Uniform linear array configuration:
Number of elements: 8
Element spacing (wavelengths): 0.25
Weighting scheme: hamming
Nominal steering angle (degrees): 15
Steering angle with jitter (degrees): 16.828
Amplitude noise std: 0.05
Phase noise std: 0.05

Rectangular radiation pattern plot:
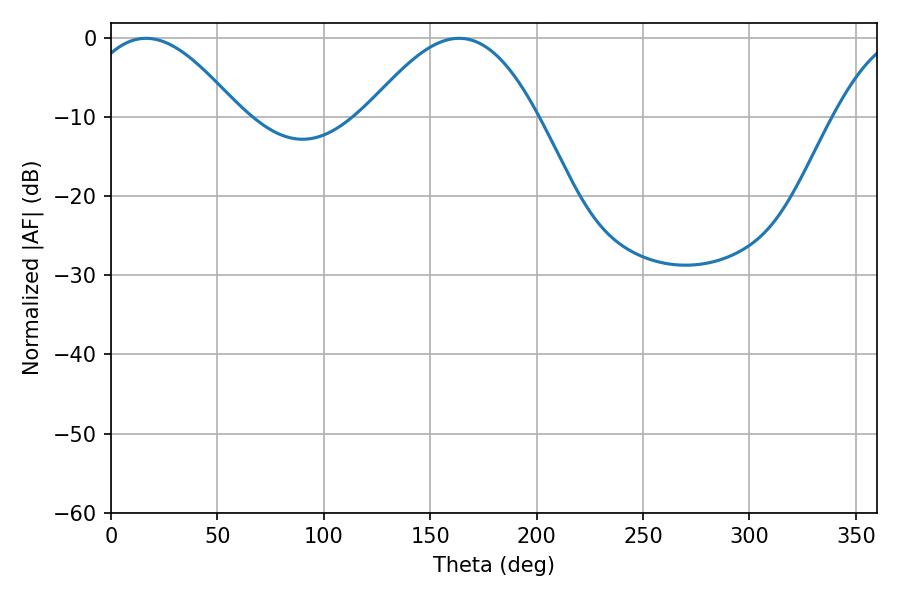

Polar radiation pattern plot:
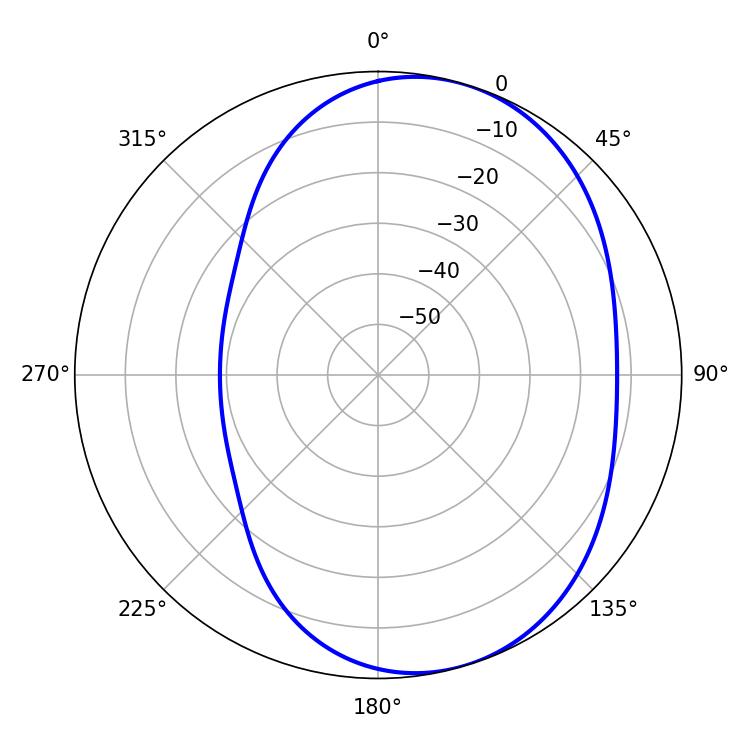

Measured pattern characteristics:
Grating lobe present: FALSE
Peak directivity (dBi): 5.617
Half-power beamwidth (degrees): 39.6
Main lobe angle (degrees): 16.38